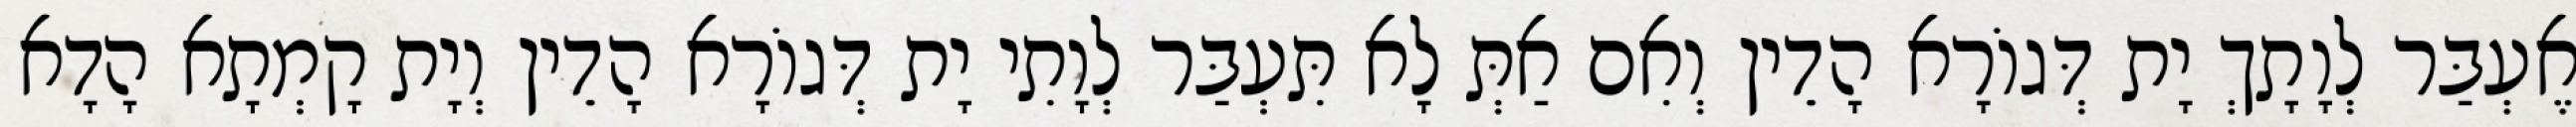
אֶעְבַּר לְוָתָךְ יָת דְּגוֹרָא הָדֵין וְאִם אַתְּ לָא תִּעְבַּר לְוָתִי יָת דְּגוֹרָא הָדֵין וְיָת קָמְתָא הָדָא